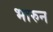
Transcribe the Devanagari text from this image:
भारुन